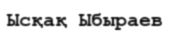
Ысқақ Ыбыраев